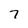
Character: 7